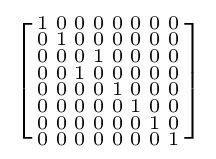
\left[{\begin{smallmatrix}1&0&0&0&0&0&0&0\\0&1&0&0&0&0&0&0\\0&0&0&1&0&0&0&0\\0&0&1&0&0&0&0&0\\0&0&0&0&1&0&0&0\\0&0&0&0&0&1&0&0\\0&0&0&0&0&0&1&0\\0&0&0&0&0&0&0&1\end{smallmatrix}}\right]